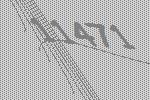
11471